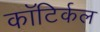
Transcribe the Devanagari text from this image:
कॉटिर्कल